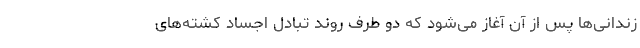
زندانی‌ها پس از آن آغاز می‌شود که دو طرف روند تبادل اجساد کشته‌های